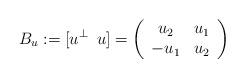
LaTeX: \begin{align*}B_u:=[u\sp\bot\, \, \, u]=\left( \begin{array}{cc} u_2 & u_1 \\ -u_1 & u_2 \\ \end{array} \right)\end{align*}